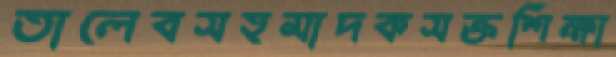
তালেবসহমাদকসক্তশিক্ষা